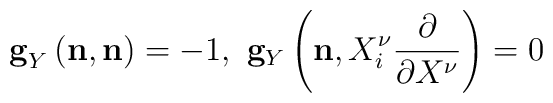
{}{\bf g}_Y \left( {\bf n}, {\bf n} \right) =-1,\ {\bf g}_Y \left( {\bf n},		  X^\nu_i \frac{\partial}{\partial X^\nu} \right) = 0